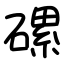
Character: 磥